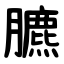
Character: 臕